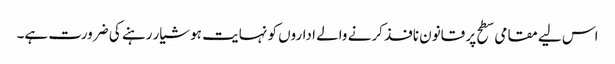
اس لیے مقامی سطح پر قانون نافذ کرنے والے اداروں کو نہایت ہوشیار رہنے کی ضرورت ہے۔